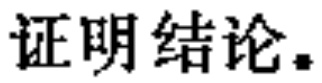
证明结论.